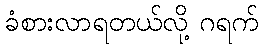
ခံစားလာရတယ်လို့ ဂရက်